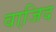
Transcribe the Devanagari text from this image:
वाजि़द